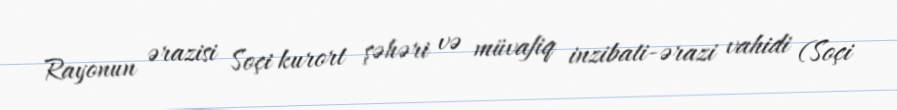
Rayonun ərazisi Soçi kurort şəhəri və müvafiq inzibati-ərazi vahidi (Soçi